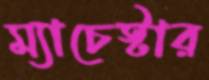
ম্যাচেস্টার